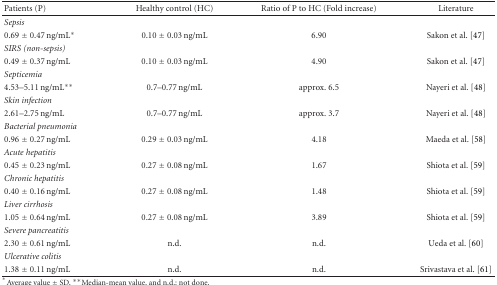
<table><thead><tr><td><b>Patients (P)</b></td><td><b>Healthy control (HC)</b></td><td><b>Ratio of P to HC (Fold increase)</b></td><td><b>Literature</b></td></tr></thead><tbody><tr><td><i>Sepsis</i></td><td></td><td></td><td></td></tr><tr><td>0.69 ± 0.47 ng/mL*</td><td> 0.10 ± 0.03 ng/mL</td><td> 6.90</td><td>Sakon et al. [47]</td></tr><tr><td><i>SIRS (non-sepsis)</i></td><td></td><td></td><td></td></tr><tr><td>0.49 ± 0.37 ng/mL</td><td> 0.10 ± 0.03 ng/mL</td><td> 4.90</td><td>Sakon et al. [47]</td></tr><tr><td><i>Septicemia</i></td><td></td><td></td><td></td></tr><tr><td>4.53–5.11 ng/mL**</td><td> 0.7–0.77 ng/mL</td><td> approx. 6.5</td><td>Nayeri et al. [48]</td></tr><tr><td><i>Skin infection</i></td><td></td><td></td><td></td></tr><tr><td>2.61–2.75 ng/mL</td><td> 0.7–0.77 ng/mL</td><td> approx. 3.7</td><td>Nayeri et al. [48]</td></tr><tr><td><i>Bacterial pneumonia</i></td><td></td><td></td><td></td></tr><tr><td>0.96 ± 0.27 ng/mL</td><td> 0.29 ± 0.03 ng/mL</td><td> 4.18</td><td>Maeda et al. [58]</td></tr><tr><td><i>Acute hepatitis</i></td><td></td><td></td><td></td></tr><tr><td>0.45 ± 0.23 ng/mL</td><td> 0.27 ± 0.08 ng/mL</td><td> 1.67</td><td>Shiota et al. [59]</td></tr><tr><td><i>Chronic hepatitis</i></td><td></td><td></td><td></td></tr><tr><td>0.40 ± 0.16 ng/mL</td><td> 0.27 ± 0.08 ng/mL</td><td> 1.48</td><td>Shiota et al. [59]</td></tr><tr><td><i>Liver cirrhosis</i></td><td></td><td></td><td></td></tr><tr><td>1.05 ± 0.64 ng/mL</td><td> 0.27 ± 0.08 ng/mL</td><td> 3.89</td><td>Shiota et al. [59]</td></tr><tr><td><i>Severe pancreatitis</i></td><td></td><td></td><td></td></tr><tr><td>2.30 ± 0.61 ng/mL</td><td> n.d.</td><td> n.d.</td><td>Ueda et al. [60]</td></tr><tr><td><i>Ulcerative colitis</i></td><td></td><td></td><td></td></tr><tr><td>1.38 ± 0.11 ng/mL</td><td> n.d.</td><td> n.d.</td><td>Srivastava et al. [61]</td></tr></tbody></table>